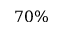
7 0 \%